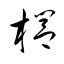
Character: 櫚